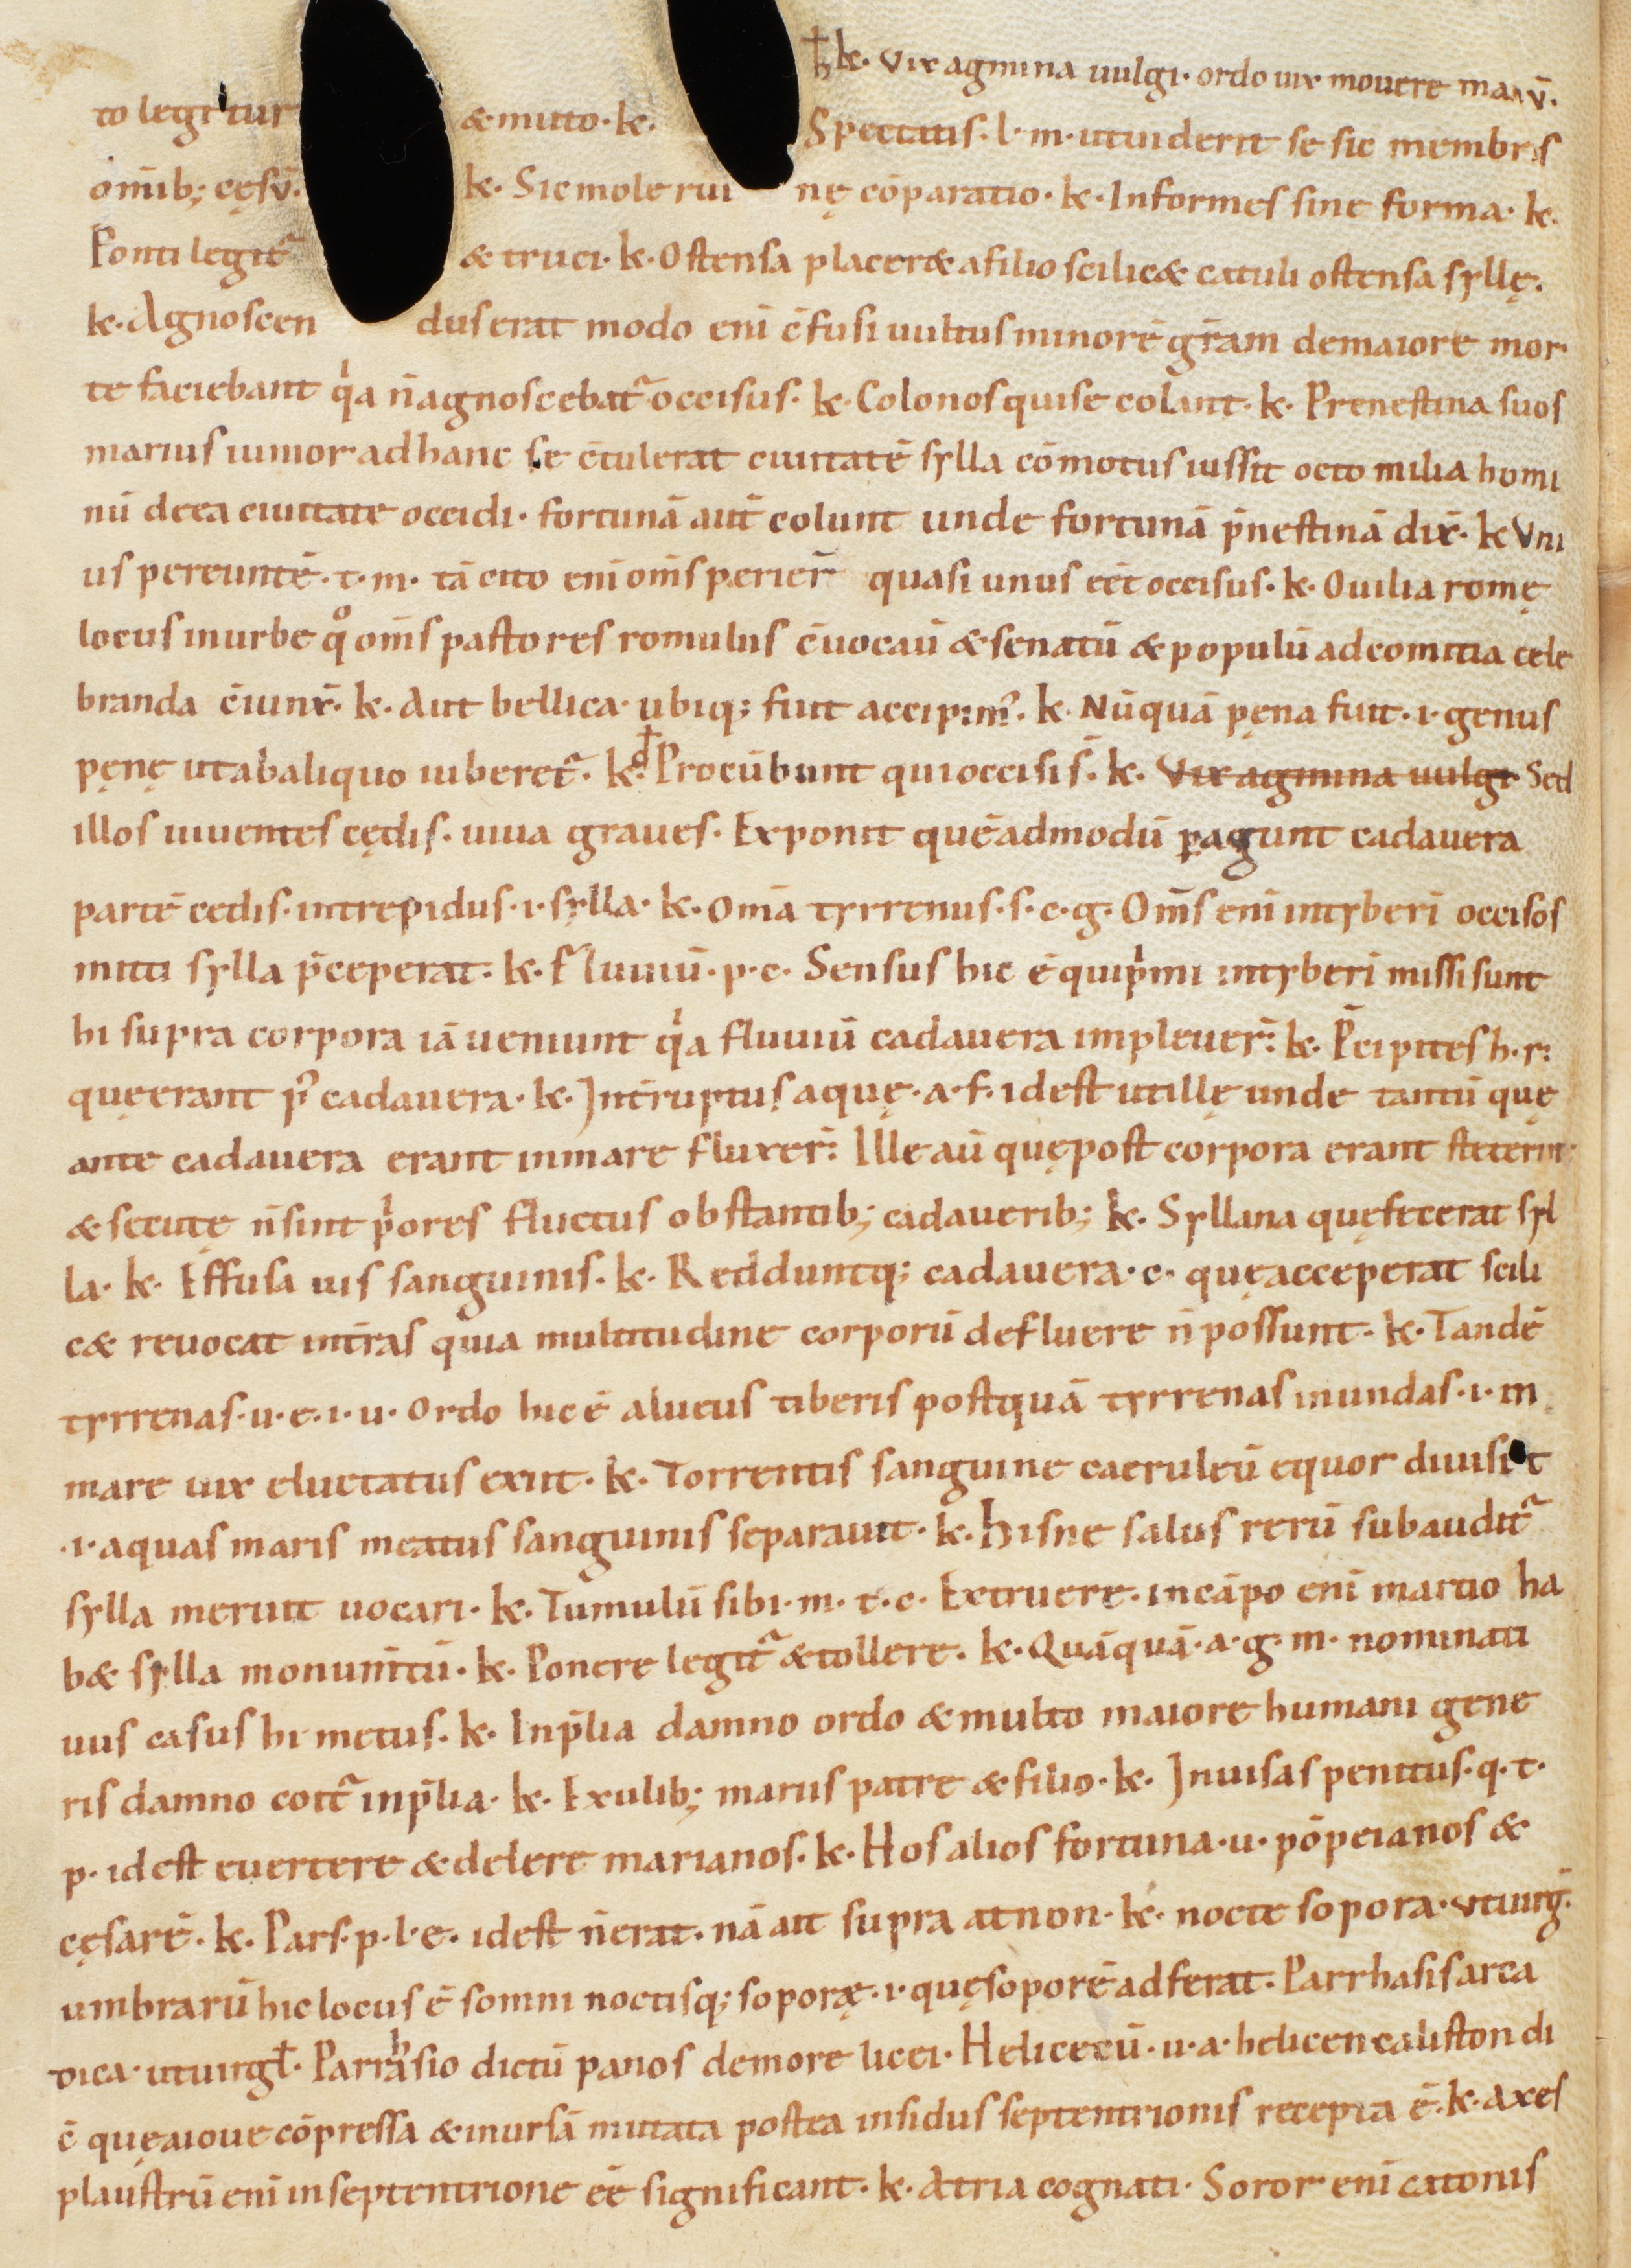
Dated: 1000–1099